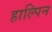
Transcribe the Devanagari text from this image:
हाल्पिन